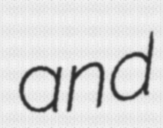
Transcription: and